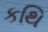
કથિ